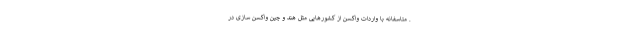
. متاسفانه با واردات واکسن از کشورهایی مثل هند و چین واکسن سازی در